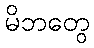
မိဘတွေ